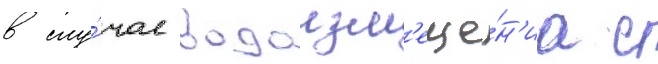
в слу́чае водоизм'еще́н'иа с